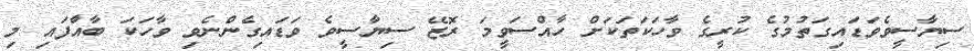
ސިޔާސީވެވަޑައިގަތުމުގެ ކުރީގެ ވާހަކަތަކަށް ހާއްސަވީމަ ރޮޒޭ ސިޔާސީވެ ވަޑައިގެންނެވި ވާހަކަ ބާއްާފައި މި